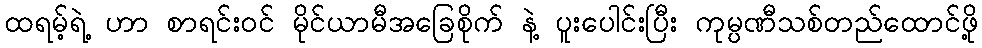
ထရမ့်ရဲ့ ဟာ စာရင်းဝင် မိုင်ယာမီအခြေစိုက် နဲ့ ပူးပေါင်းပြီး ကုမ္ပဏီသစ်တည်ထောင်ဖို့